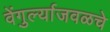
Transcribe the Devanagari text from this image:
वेंगुर्ल्याजवळचे